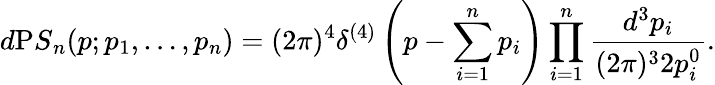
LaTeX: d{\mathrm PS}_{n}(p;p_{1},\ldots,p_{n})=(2\pi)^{4}\delta^{(4)}\left(p-\sum_{i=1}^{n}p_{i}\right)\prod_{i=1}^{n}\frac{d^{3}p_{i}}{(2\pi)^{3}2p_{i}^{0}}.